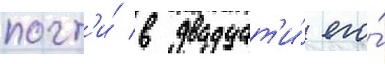
почт'и́ в двадцат'и́ его́